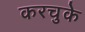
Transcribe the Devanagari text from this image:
करचुके